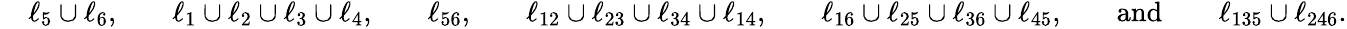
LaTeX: \begin{array}{rlrlrlrlrlrlrl}&{\ell_{5}\cup\ell_{6},}&&{\ell_{1}\cup\ell_{2}\cup\ell_{3}\cup\ell_{4},}&&{\ell_{56},}&&{\ell_{12}\cup\ell_{23}\cup\ell_{34}\cup\ell_{14},}&&{\ell_{16}\cup\ell_{25}\cup\ell_{36}\cup\ell_{45},}&&{\mathrm{and}}&&{\ell_{135}\cup\ell_{246}.}\end{array}